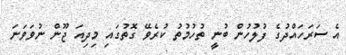
އެ ސަރަހައްދުގެ ފުލުހުން ބުނީ ތުހުމުތު ކުރެވޭ ގޮތުގައި މިދިއަ ޖޫން ނުވަވަނަ